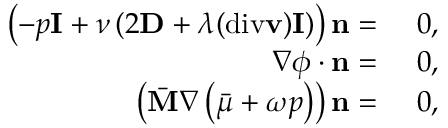
\begin{array} { r l } { \left( - p \mathbf { I } + \nu \left( 2 \mathbf { D } + \lambda ( \mathrm { d i v } \mathbf { v } ) \mathbf { I } \right) \right) \mathbf { n } = } & { ~ 0 , } \\ { \nabla \phi \cdot \mathbf { n } = } & { ~ 0 , } \\ { \left( \bar { \mathbf { M } } \nabla \left( \bar { \mu } + \omega p \right) \right) \mathbf { n } = } & { ~ 0 , } \end{array}